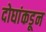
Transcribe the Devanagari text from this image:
दोघांकडून